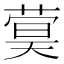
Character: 𬝫